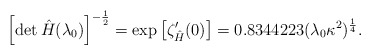
\begin{align*}\left[\det \hat{H}(\lambda_0)\right]^{- \frac{1}{2} } = {\rm exp}\left[\zeta^{\prime}_{\hat{H}}(0)\right]= 0.8344223(\lambda_0 \kappa^2)^{\frac{1}{4}}.\end{align*}